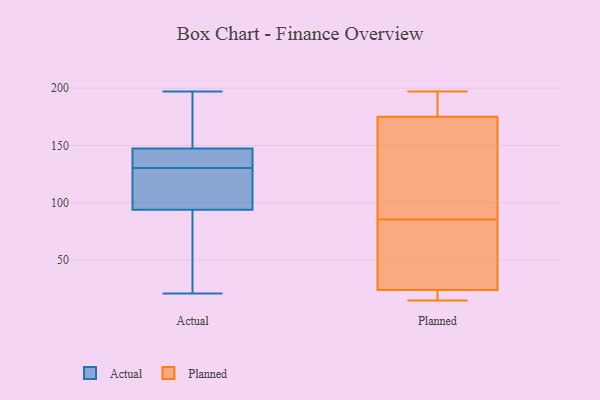
{"axis": {"x": "Energy Usage (MWh)", "y": "Value"}, "legend": ["Actual", "Planned"], "data": [{"x": "", "y": 21, "type": "Actual"}, {"x": "", "y": 135, "type": "Actual"}, {"x": "", "y": 71, "type": "Actual"}, {"x": "", "y": 21, "type": "Actual"}, {"x": "", "y": 197, "type": "Actual"}, {"x": "", "y": 152, "type": "Actual"}, {"x": "", "y": 115, "type": "Actual"}, {"x": "", "y": 190, "type": "Actual"}, {"x": "", "y": 143, "type": "Actual"}, {"x": "", "y": 140, "type": "Actual"}, {"x": "", "y": 125, "type": "Actual"}, {"x": "", "y": 98, "type": "Actual"}, {"x": "", "y": 90, "type": "Actual"}, {"x": "", "y": 131, "type": "Actual"}, {"x": "", "y": 130, "type": "Actual"}, {"x": "", "y": 156, "type": "Actual"}, {"x": "", "y": 25, "type": "Planned"}, {"x": "", "y": 113, "type": "Planned"}, {"x": "", "y": 23, "type": "Planned"}, {"x": "", "y": 58, "type": "Planned"}, {"x": "", "y": 18, "type": "Planned"}, {"x": "", "y": 171, "type": "Planned"}, {"x": "", "y": 197, "type": "Planned"}, {"x": "", "y": 36, "type": "Planned"}, {"x": "", "y": 186, "type": "Planned"}, {"x": "", "y": 15, "type": "Planned"}, {"x": "", "y": 179, "type": "Planned"}, {"x": "", "y": 135, "type": "Planned"}]}